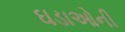
ઘડાઓની